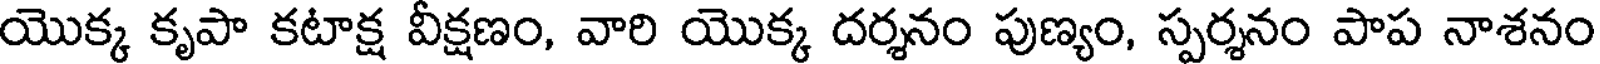
యొక్క కృపా కటాక్ష వీక్షణం, వారి యొక్క దర్శనం పుణ్యం, స్పర్శనం పాప నాశనం